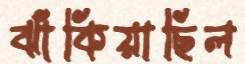
ঝাঁকিয়াছিল